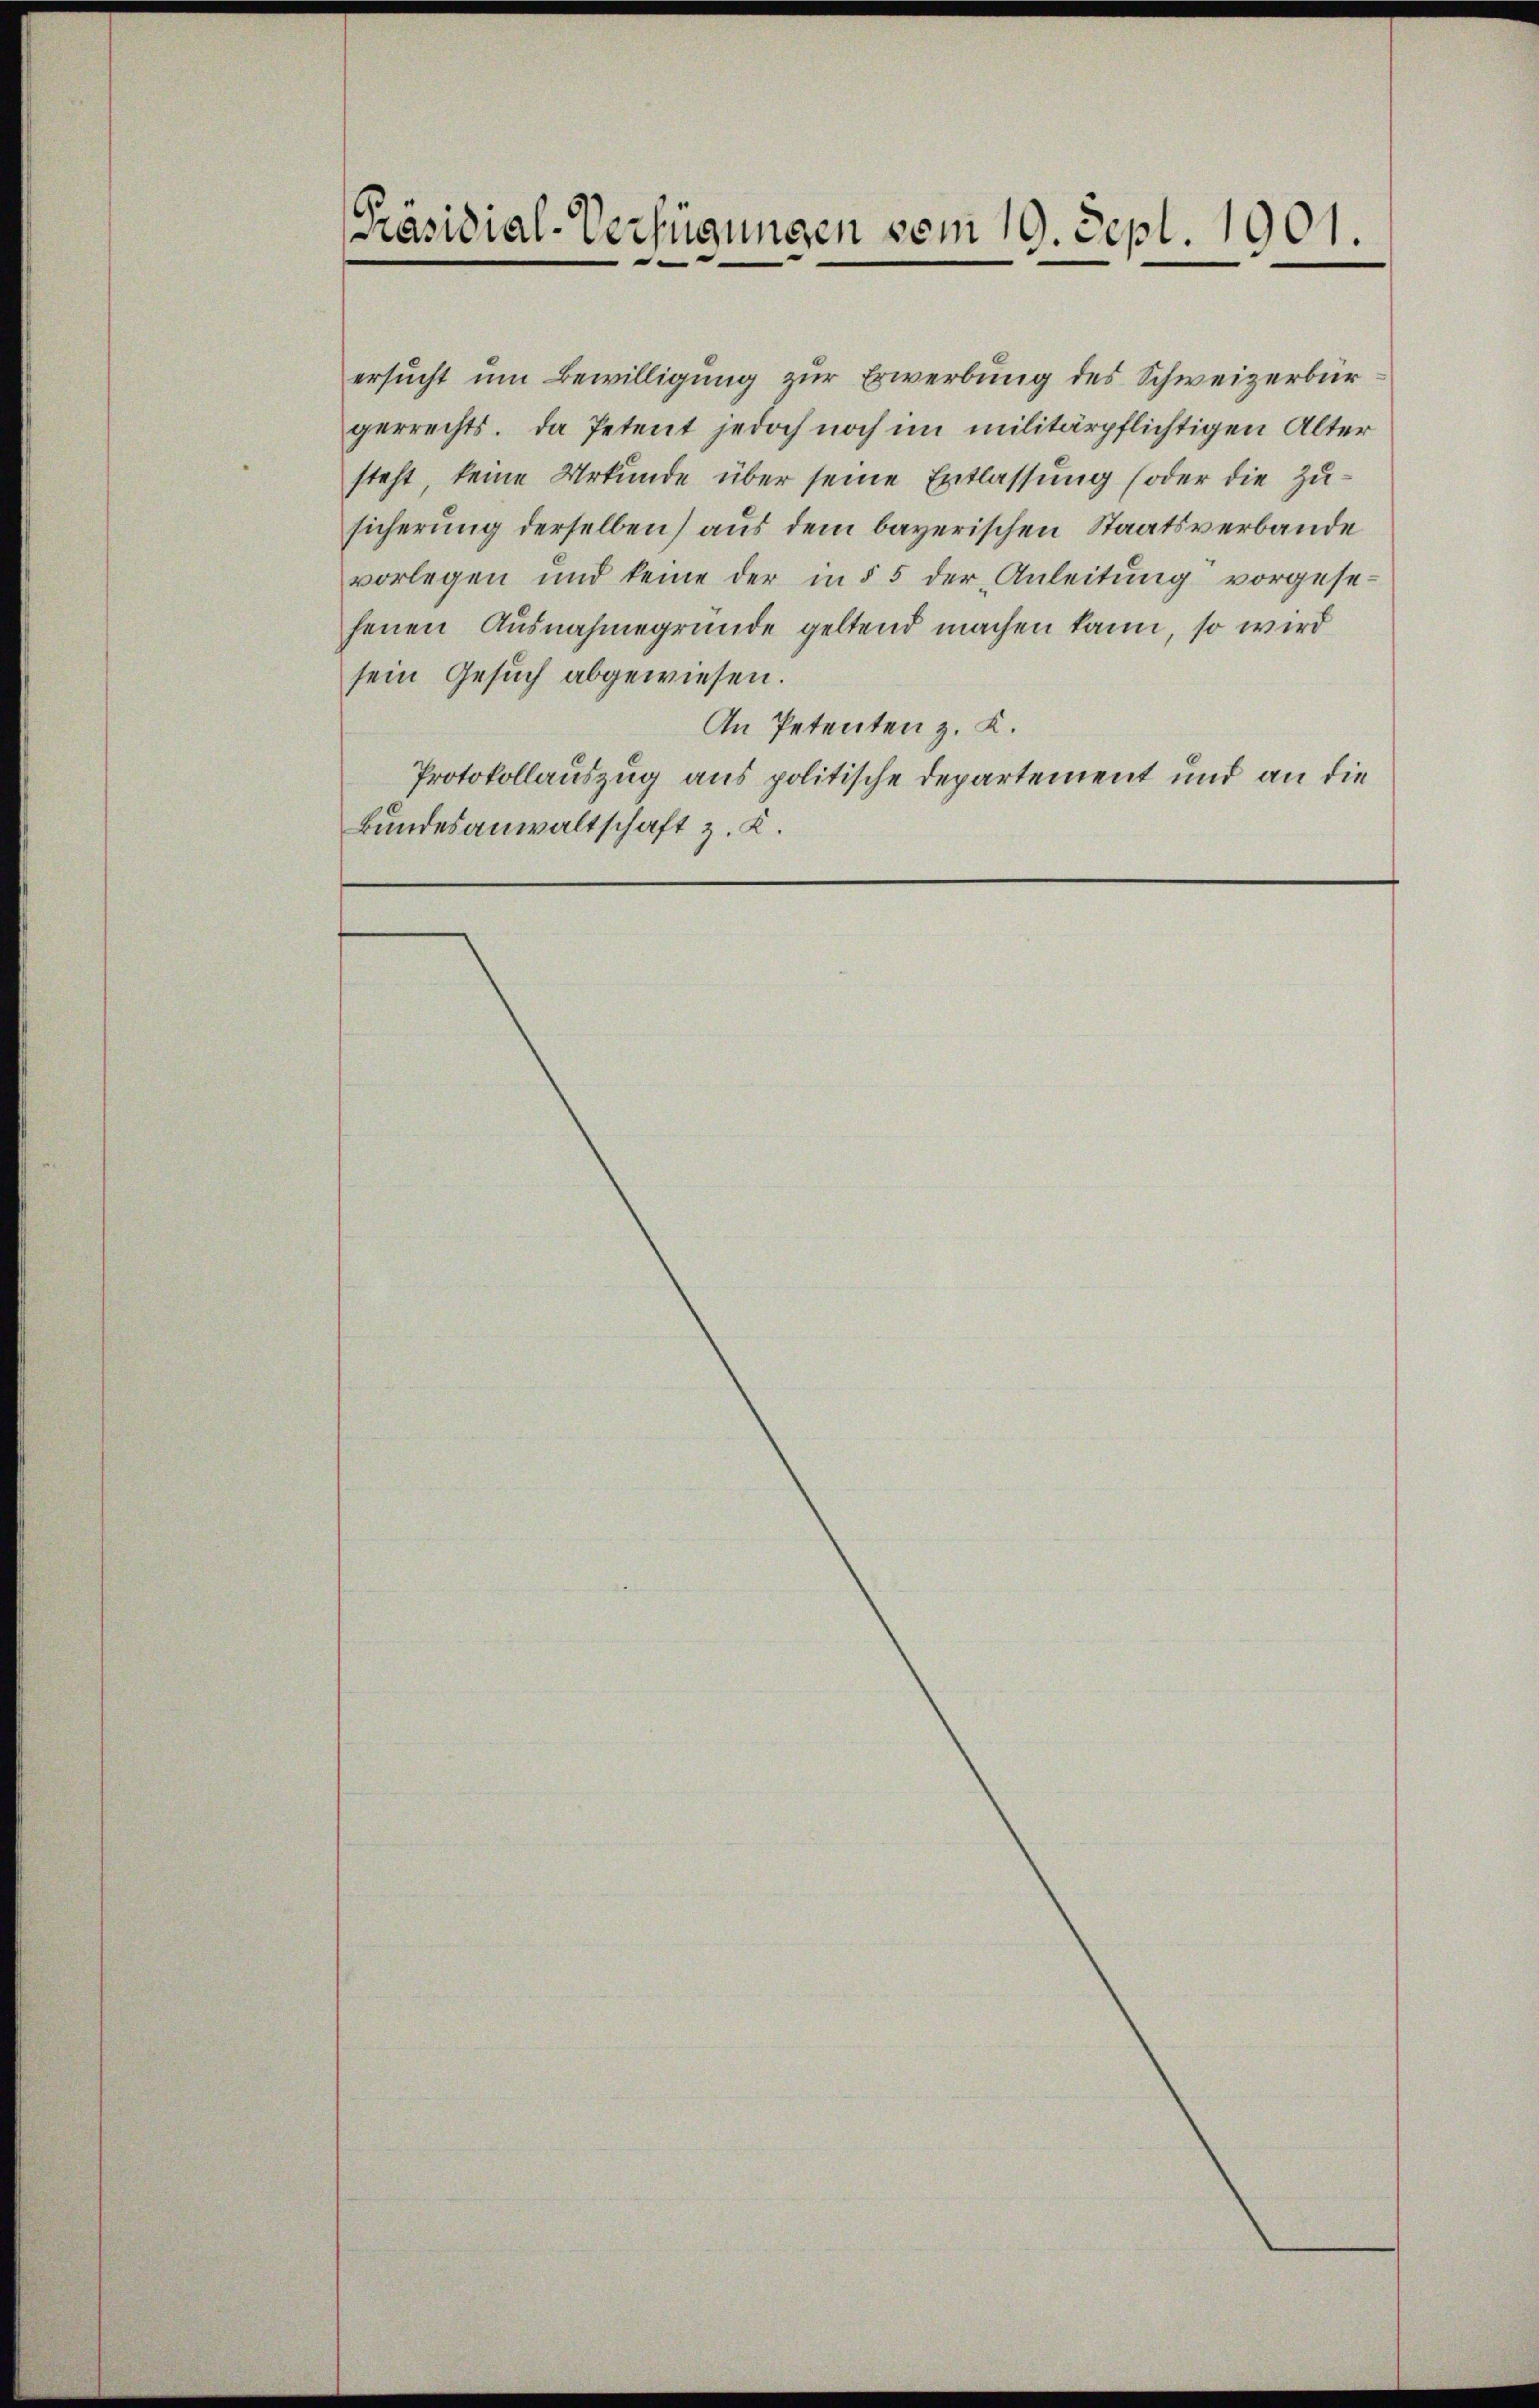
ersucht um Bewilligung zur Erwerbung des Schweizerbürgerrechts. Da Petent jedoch noch im militärpflichtigen Alter
steht, keine Urkunde über seine Entlassung (oder die Zusicherung derselben) aus dem bayerischen Staatsverbande
vorlegen und keine der in § 5 der Anleitŭng vorgese-
fenen Ausnahmegrunde geltend machen kann, so wird
sein Gesuch abgewiesen.
An Petenten z. K.
Protokollauszug aus politische Departement und an die
Bundesanwaltschaft z. K.

Präsidial-Verfügungen vom 19. Sept. 1901.